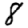
Digit: 8